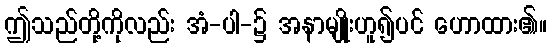
ဤသည်တို့ကိုလည်း အံ-ပါ-၌ အနာမျိုးဟူ၍ပင် ဟောထား၏။